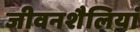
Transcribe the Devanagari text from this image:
जीवनशैलियां